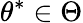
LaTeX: \theta^{*}\in\Theta